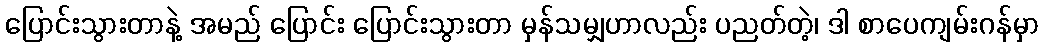
ပြောင်းသွားတာနဲ့ အမည် ပြောင်း ပြောင်းသွားတာ မှန်သမျှဟာလည်း ပညတ်တဲ့၊ ဒါ စာပေကျမ်းဂန်မှာ